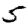
Digit: 5